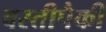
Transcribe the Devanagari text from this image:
वस्तीपैकी